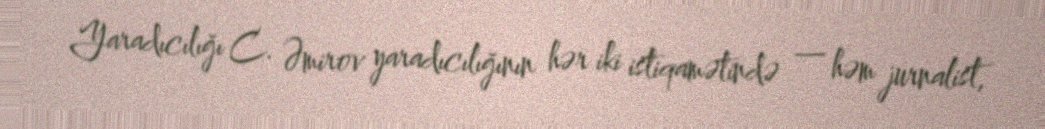
Yaradıcılığı C. Əmirov yaradıcılığının hər iki istiqamətində — həm jurnalist,